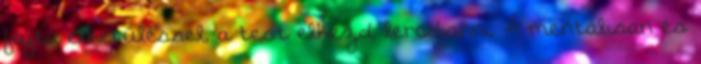
fajta elkerüléssel, a test elkezd lerobbanni. A mentálisan és